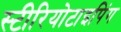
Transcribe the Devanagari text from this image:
स्टीरियोटाइपिंग